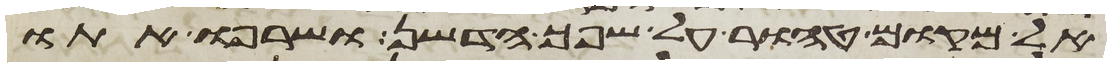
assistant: אל מקום טהור על שפך הדשן ושרפו אתו